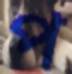
প